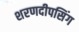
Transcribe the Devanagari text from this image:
शरणदीपसिंग